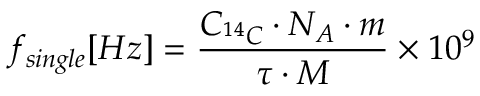
f _ { s i n g l e } [ H z ] = \frac { C _ { ^ { 1 4 } C } \cdot N _ { A } \cdot m } { \tau \cdot M } \times 1 0 ^ { 9 }